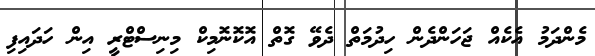
މެންދަމު އެކެއް ޖަހަންދެން ހިދުމަތް ދެވޭ ގޮތް އޮކޮނޮމިކް މިނިސްޓްރީ އިން ހަދައިފި